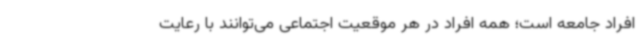
افراد جامعه است؛ همه افراد در هر موقعیت اجتماعی می‌توانند با رعایت